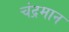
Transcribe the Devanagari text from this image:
चंद्रमान